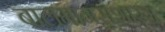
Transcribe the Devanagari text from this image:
बालमानसशास्त्र